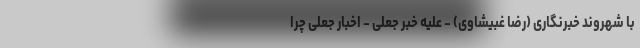
با شهروند خبرنگاری (رضا غبیشاوی) - علیه خبر جعلی - اخبار جعلی چرا